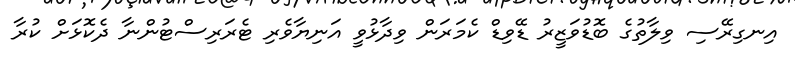
އިނގިރޭސި ވިލާތުގެ ބޮޑުވަޒީރު ޑޭވިޑް ކެމަރަން ވިދާޅުވީ އަނިޔާވެރި ޓެރަރިސްޓުންނާ ދެކޮޅަށް ކުރާ